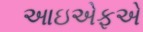
આઇએફએ